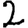
Digit: 2